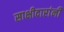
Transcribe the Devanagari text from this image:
साक्षीदारांनी